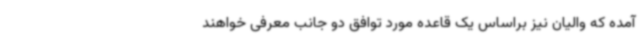
آمده که والیان نیز براساس یک قاعده مورد توافق دو جانب معرفی خواهند